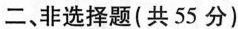
二、非选择题(共55分)